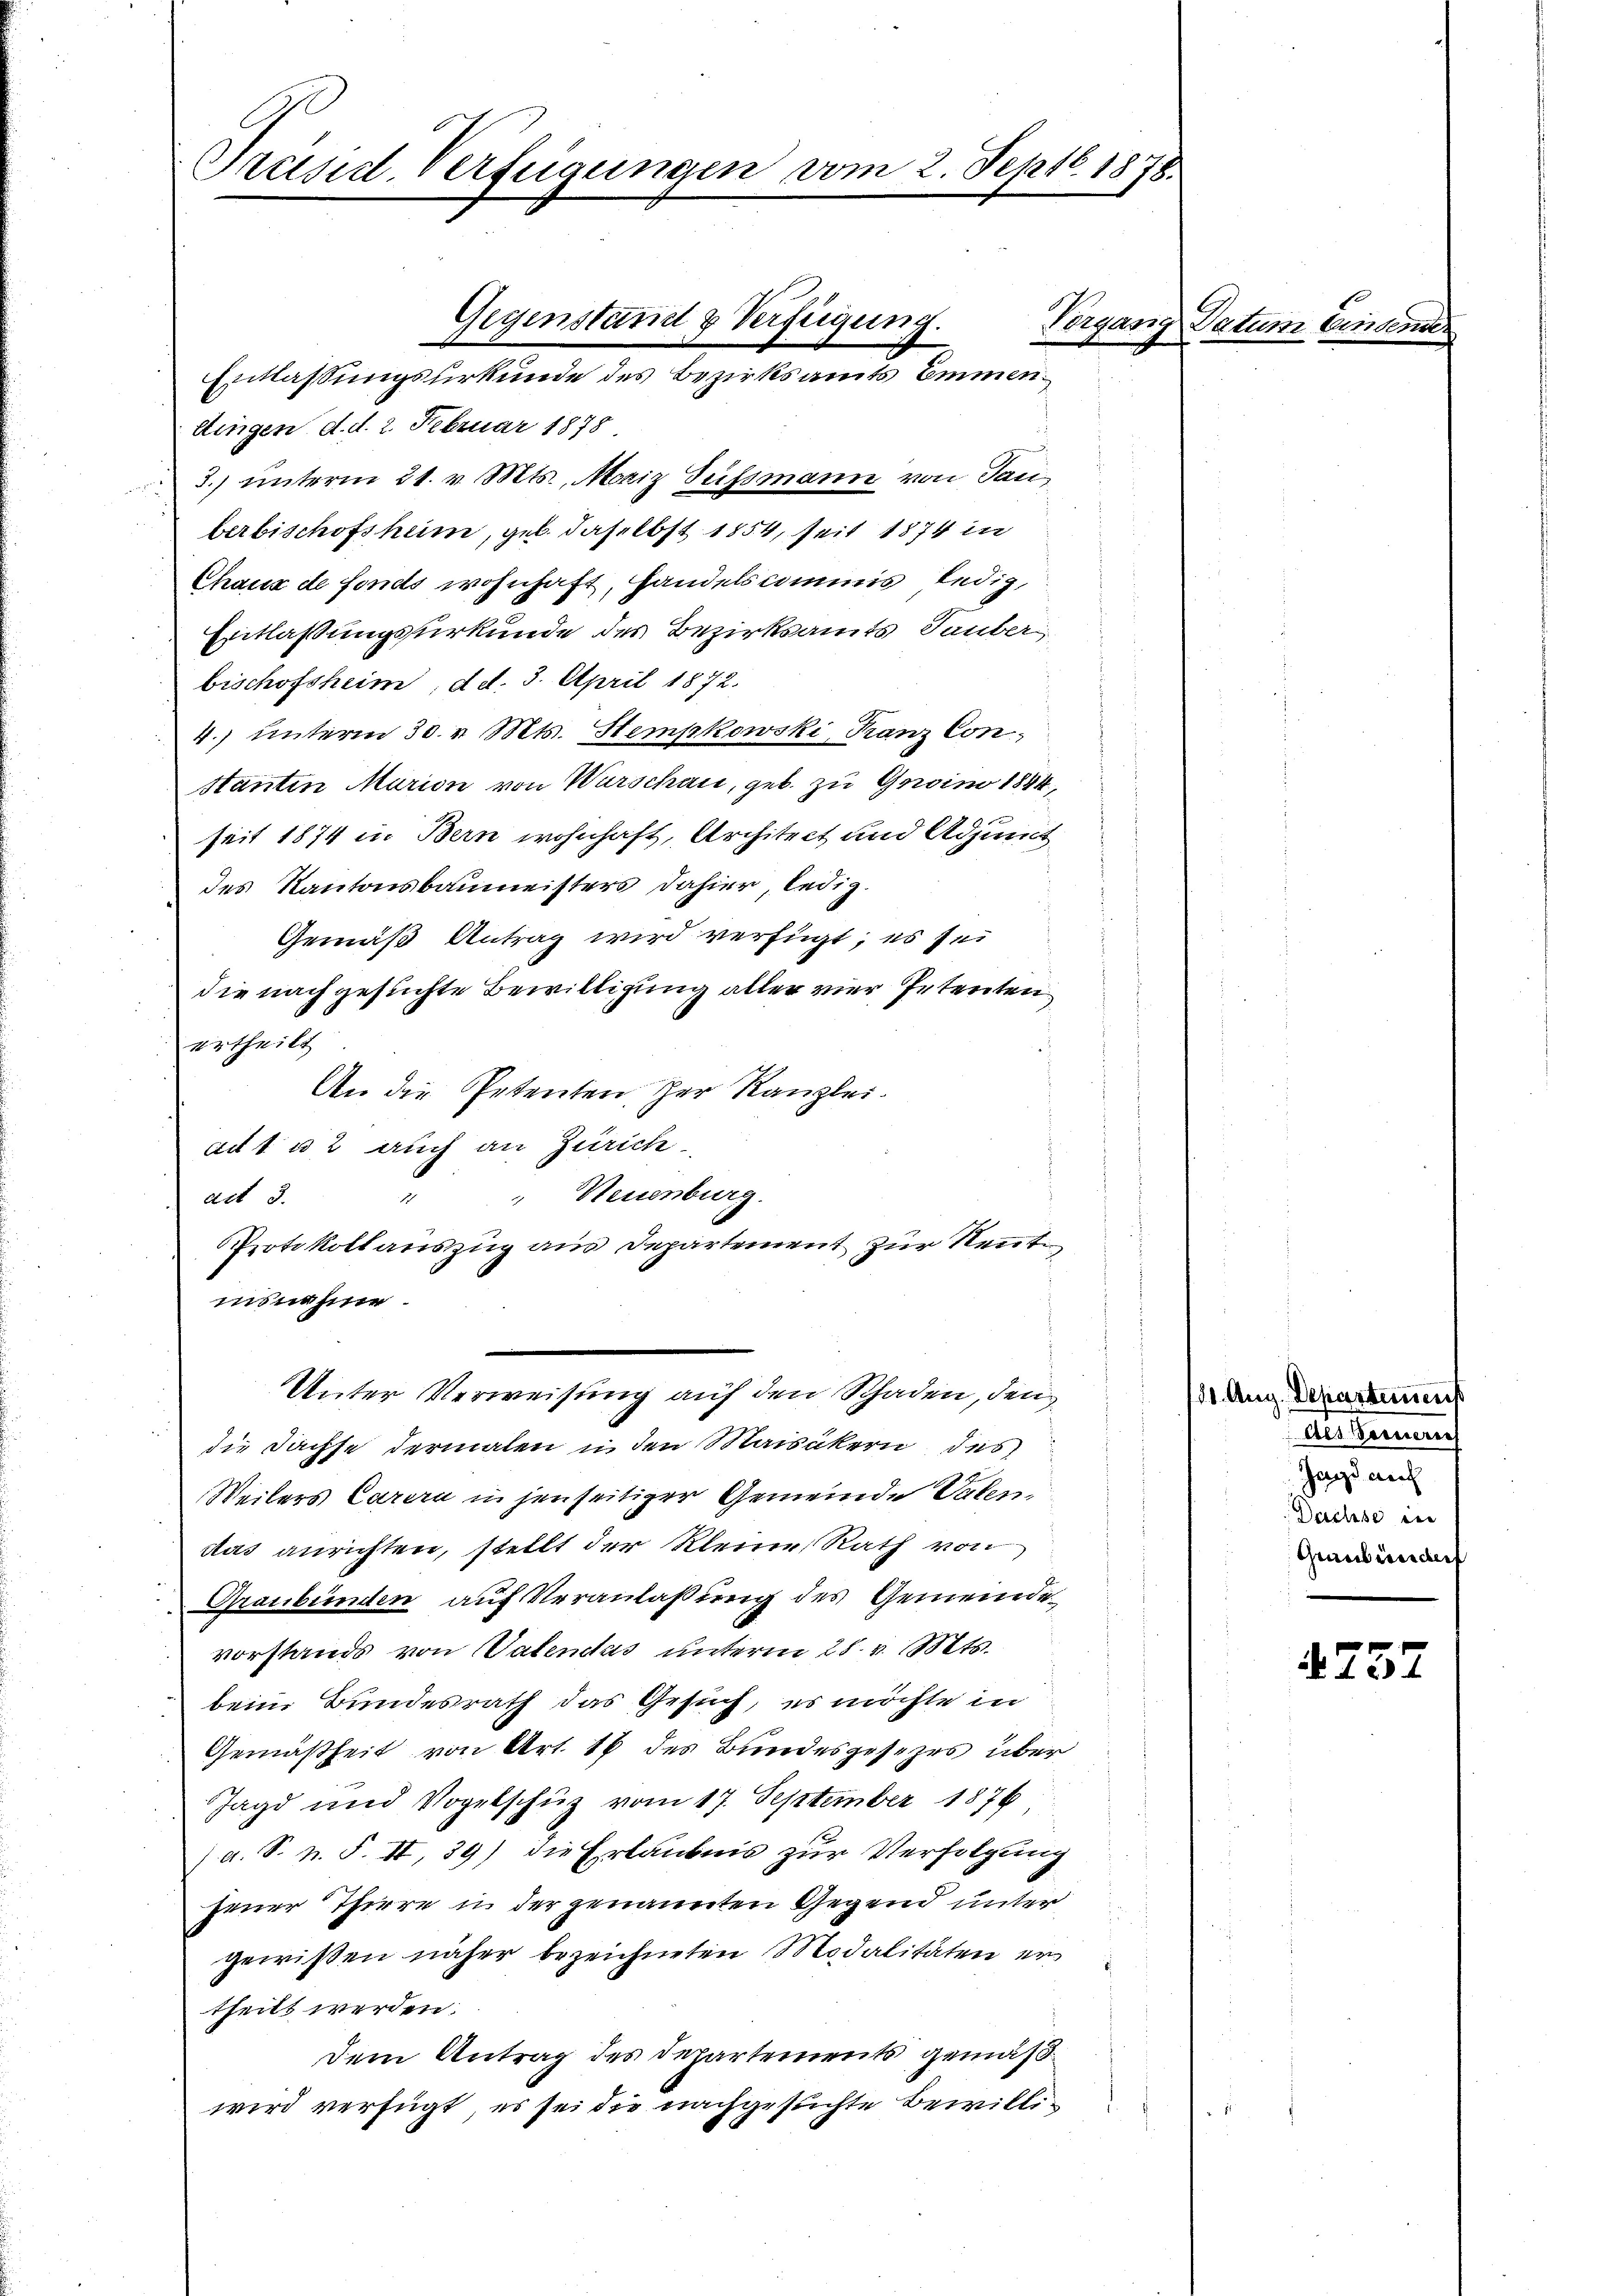
Präsid. Verfügungen vom 2. Septb. 1878.

ttingen d. d. 2. Februar 1878
3.) unterm 21. v. Mts., Moriz Sussmann von Tanberbischofsheim, geb. daselbst 1854, seit 1874 in
Chaux de fonds wohnhaft, Handelskommis ledig,
Entlassungsurkunde des Bezirksamts Tauber
bischofsheim, d. d. 3. April 1872.
4.) unterm 30. v. Mts. Stempkowski, Franz Con
stanten Murion von Wurschau, geb. zu Grini 1894,
seit 1874 in Bern wohnhaft, Architect und Adjunct
des Kantonsbaumeisters dahier ledig
Gemäß Antrag wird verfügt; es sei
die nachgesuchte Bewilligung aller vier Petenten
ertheilt
An die Petenten der Kanzlei.
au 1 u 2 auch an Zürich
 Neuenburg.
act 3.
Protokoll auszug aus Departement zur Neunte
insnahme.
Unter Verweisung auf den Schaden, den
die Dachse dermalen in den Maisäkern des
Weilers Carera in jenseitiger Gemeinde Valen.
das anrichten, stellt der kleine Rath von
Graubünden auf Veranlaßung des Gemeinde
vorstands von Valendás unterm 28. v. Mts.
beim Bundesrath das Gesuch, es möchte in
Gemäßheit von Art. 18 des Bundesgesezes über
Jagd und Vogelschüz vom 17. September 1876
(a. S. n. F. II, 39) die Erlaubnis zur Verfolgung
jener Thirre in der genannten Gegend unter
gewißen näher bezeichneten Modalitäten er¬
.
theilt werden.
dem Antrag des Departements gemäß
wird verfügt, es sei die nachgesuchte Bewilli¬

Entlassungsurkunde des Bezirksamts Emmen¬

Gegenstand & Verfügung.

Vorgang Datum Eins

11. Aug. Departemens
Aus Gemeis
Jagd auf
Dachse in
Graubündert

737